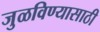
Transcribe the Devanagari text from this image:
जुळविण्यासाठी